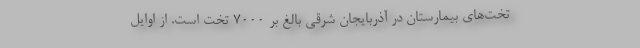
تخت‌های بیمارستان در آذربایجان شرقی بالغ بر ۷۰۰۰ تخت است. از اوایل